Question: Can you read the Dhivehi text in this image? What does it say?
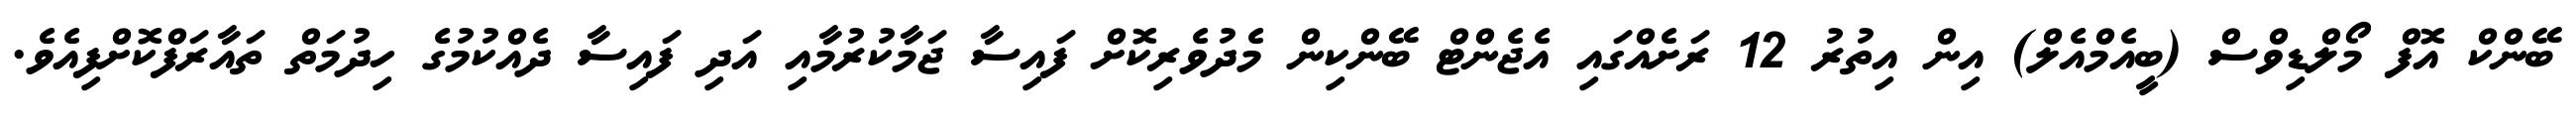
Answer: ބޭންކް އޮފް މޯލްޑިވްސް (ބީއެމްއެލް) އިން އިތުރު 12 ރަށެއްގައި އެޖެންޓް ބޭންކިން މެދުވެރިކޮށް ފައިސާ ޖަމާކުރުމާއި އަދި ފައިސާ ދެއްކުމުގެ ހިދުމަތް ތައާރަފްކޮށްފިއެވެ.